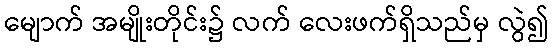
မျောက် အမျိုးတိုင်း၌ လက် လေးဖက်ရှိသည်မှ လွဲ၍